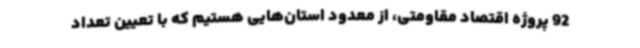
92 پروژه اقتصاد مقاومتی، از معدود استان‌هایی هستیم که با تعیین تعداد